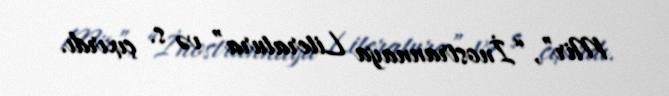
Mir”, “İnostrannaya Literatura” və s. çıxırdı.